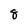
Character: 8